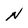
Character: N